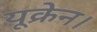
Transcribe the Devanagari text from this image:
यूक्रेन।